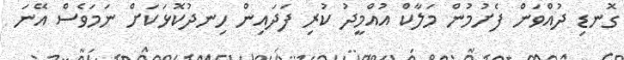
ގޮނޑި ދުއްވަން ފެށުމުން މަލާކް އުއްމީދު ކުރި ފަދައިން ހިނދުކޮޅަކަށް ނަމަވެސް އޭނަ